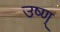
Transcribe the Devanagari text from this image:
उष्ण्